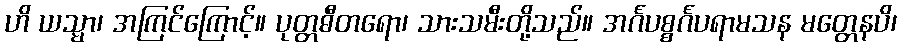
ဟိ ယသ္မာ၊ အကြင်ကြောင့်။ ပုတ္တဓီတရော၊ သားသမီးတို့သည်။ အင်္ဂပစ္စင်္ဂပရာမသန မတ္တေနပိ၊